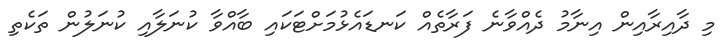
މި ދާއިރާއިން އިނާމު ދެއްވާނެ ފަރާތެއް ކަނޑައެޅުމަށްޓަކައި ބާއްވާ ކުނަލާއި ކުނަލުން ތަކެތި